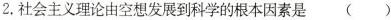
2.社会主义理论由空想发展到科学的根本因素是( )